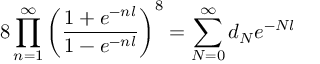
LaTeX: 8 \prod _ { n = 1 } ^ { \infty } \left( \frac { 1 + e ^ { - n l } } { 1 - e ^ { - n l } } \right) ^ { 8 } = \sum _ { N = 0 } ^ { \infty } d _ { N } e ^ { - N l }